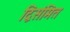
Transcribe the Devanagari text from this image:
द्विसंमित